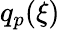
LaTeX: q_{p}(\xi)